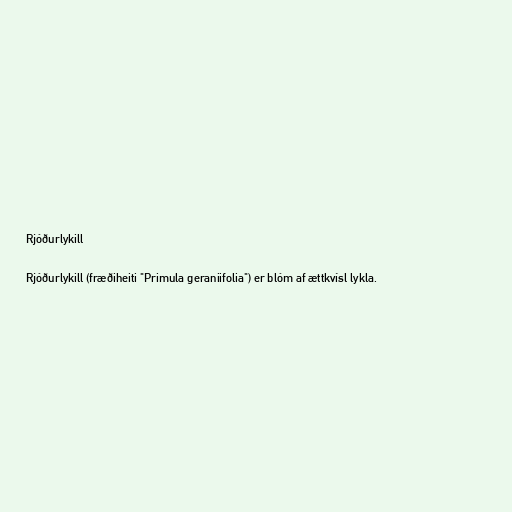
Rjóðurlykill

Rjóðurlykill (fræðiheiti "Primula geraniifolia") er blóm af ættkvísl lykla.